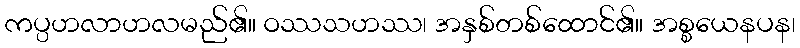
ကပ္ပဟလာဟလမည်၏။ ဝဿသဟဿ၊ အနှစ်တစ်ထောင်၏။ အစ္စယေနပန၊